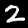
Digit: 2